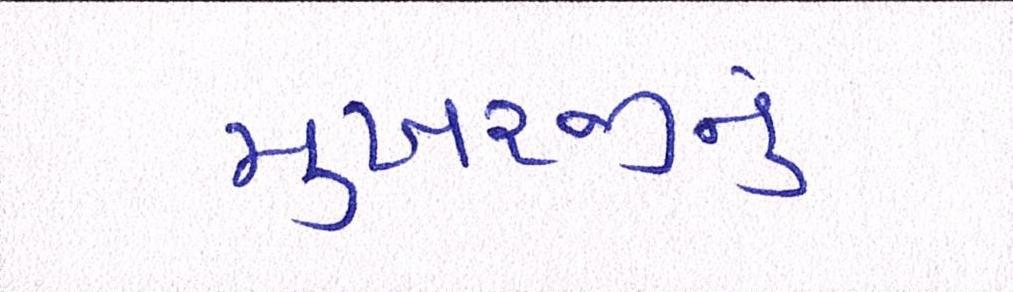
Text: મુખરજીનું